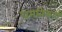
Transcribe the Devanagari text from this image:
धमनिकाएं